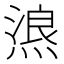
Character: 𱫸